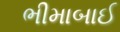
ભીમાબાઈ